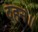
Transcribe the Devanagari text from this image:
दहन॥